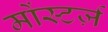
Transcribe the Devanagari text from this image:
मोंस्टर्ज़